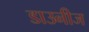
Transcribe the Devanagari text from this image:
डाउनीज